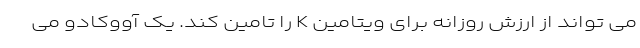
می تواند از ارزش روزانه برای ویتامین K را تامین کند. یک آووکادو می